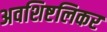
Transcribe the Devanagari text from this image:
अवशिष्टलिकर